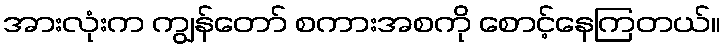
အားလုံးက ကျွန်တော် စကားအစကို စောင့်နေကြတယ်။